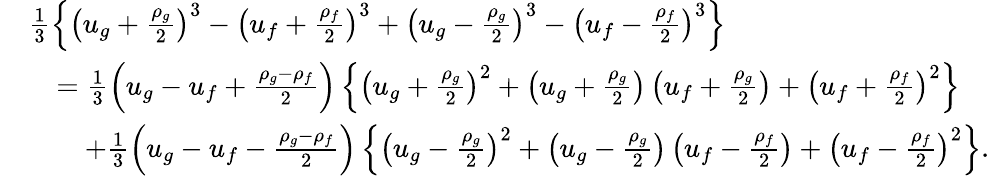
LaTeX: \begin{array}{rl}&{\frac{1}{3}\left\{ \left(u_{g}+\frac{\rho_{g}}{2}\right)^{3}-\left(u_{f}+\frac{\rho_{f}}{2}\right)^{3}+\left(u_{g}-\frac{\rho_{g}}{2}\right)^{3}-\left(u_{f}-\frac{\rho_{f}}{2}\right)^{3}\right\} }\\ &{\quad=\frac{1}{3}\left(u_{g}-u_{f}+\frac{\rho_{g}-\rho_{f}}{2}\right)\left\{ \left(u_{g}+\frac{\rho_{g}}{2}\right)^{2}+\left(u_{g}+\frac{\rho_{g}}{2}\right)\left(u_{f}+\frac{\rho_{g}}{2}\right)+\left(u_{f}+\frac{\rho_{f}}{2}\right)^{2}\right\} }\\ &{\qquad+\frac{1}{3}\left(u_{g}-u_{f}-\frac{\rho_{g}-\rho_{f}}{2}\right)\left\{ \left(u_{g}-\frac{\rho_{g}}{2}\right)^{2}+\left(u_{g}-\frac{\rho_{g}}{2}\right)\left(u_{f}-\frac{\rho_{f}}{2}\right)+\left(u_{f}-\frac{\rho_{f}}{2}\right)^{2}\right\} .}\end{array}